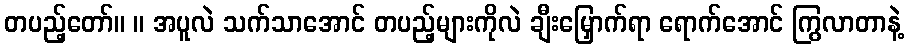
တပည့်တော်။ ။ အပူလဲ သက်သာအောင် တပည့်များကိုလဲ ချီးမြှောက်ရာ ရောက်အောင် ကြွလာတာနဲ့